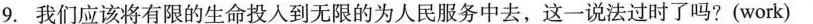
9.我们应该将有限的生命投入到无限的为人民服务中去，这一说法过时了吗?(work)